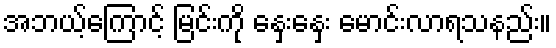
အဘယ့်ကြောင့် မြင်းကို နှေးနှေး မောင်းလာရသနည်း။